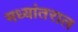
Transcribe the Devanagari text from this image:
मध्यांतराल